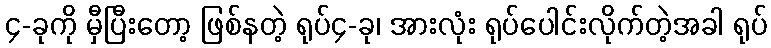
၄-ခုကို မှီပြီးတော့ ဖြစ်နတဲ့ ရုပ်၄-ခု၊ အားလုံး ရုပ်ပေါင်းလိုက်တဲ့အခါ ရုပ်